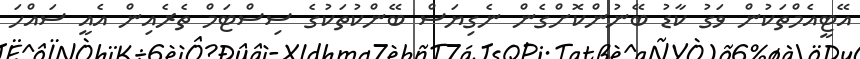
އޭޓީއެމްތަކުން ވަގު ކާޑު ބޭނުންކޮށްގެން ނެގިޔަސް ބޭންކުތަކުގެ ސިސްޓަމް ތެރެއިން އެއީ ސައްހަ